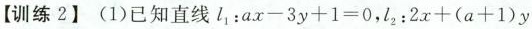
【训练2】(1)已知直线$$l_{1} ： a x - 3 y + 1 = 0$$，$$l_{2} ： 2 x + ( a + 1 ) y